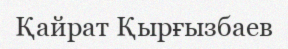
Қайрат Қырғызбаев